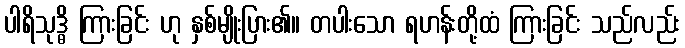
ပါရိသုဒ္ဓိ ကြားခြင်း ဟု နှစ်မျိုးပြား၏။ တပါးသော ရဟန်းတို့ထံ ကြားခြင်း သည်လည်း